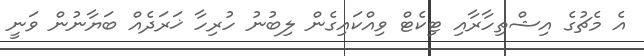
އެ މެޗުގެ އިޝްތިހާރާއި ޓިކެޓް ވިއްކައިގެން ލިބުނު ހުރިހާ ޚަރަދެއް ބަޔާނުން ވަނީ